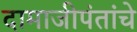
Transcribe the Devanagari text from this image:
दामाजीपंतांचे